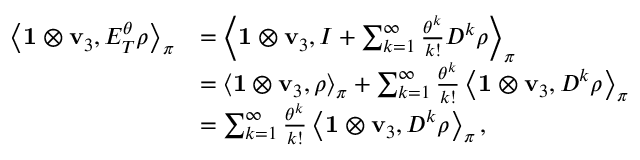
\begin{array} { r l } { \left\langle \mathbf { 1 } \otimes \mathbf { v } _ { 3 } , E _ { T } ^ { \theta } \boldsymbol \rho \right\rangle _ { \boldsymbol \pi } } & { = \left\langle \mathbf { 1 } \otimes \mathbf { v } _ { 3 } , I + \sum _ { k = 1 } ^ { \infty } \frac { \theta ^ { k } } { k ! } D ^ { k } \boldsymbol \rho \right\rangle _ { \boldsymbol \pi } } \\ & { = \left\langle \mathbf { 1 } \otimes \mathbf { v } _ { 3 } , \boldsymbol \rho \right\rangle _ { \boldsymbol \pi } + \sum _ { k = 1 } ^ { \infty } \frac { \theta ^ { k } } { k ! } \left\langle \mathbf { 1 } \otimes \mathbf { v } _ { 3 } , D ^ { k } \boldsymbol \rho \right\rangle _ { \boldsymbol \pi } } \\ & { = \sum _ { k = 1 } ^ { \infty } \frac { \theta ^ { k } } { k ! } \left\langle \mathbf { 1 } \otimes \mathbf { v } _ { 3 } , D ^ { k } \boldsymbol \rho \right\rangle _ { \boldsymbol \pi } , } \end{array}